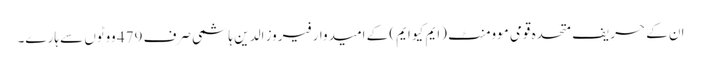
ان کے حریف متحدہ قومی موومنٹ (ایم کیو ایم) کے امیدوار فیروز الدین ہاشمی صرف 479 ووٹوں سے ہارے۔